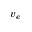
v _ { e }